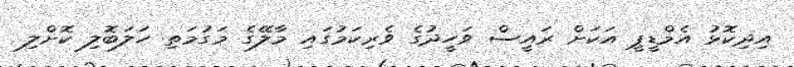
އިދިކޮޅު އެމްޑީޕީ އަކަށް ރައީސް ވަހީދުގެ ވެރިކަމުގައި މާލޭގެ މަގުމަތި ހަލަބޮލި ކޮށްލި